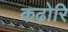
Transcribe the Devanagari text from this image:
कढ़ोरि